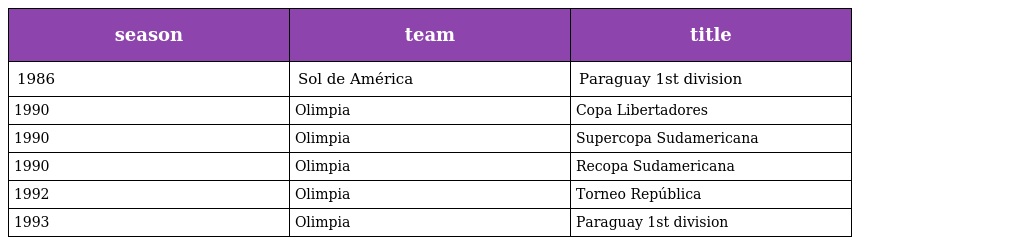
| season | team | title |
 | --- | --- | --- |
 | 1986 | Sol de América | Paraguay 1st division |
 | 1990 | Olimpia | Copa Libertadores |
 | 1990 | Olimpia | Supercopa Sudamericana |
 | 1990 | Olimpia | Recopa Sudamericana |
 | 1992 | Olimpia | Torneo República |
 | 1993 | Olimpia | Paraguay 1st division |